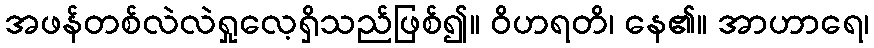
အဖန်တစ်လဲလဲရှုလေ့ရှိသည်ဖြစ်၍။ ဝိဟရတိ၊ နေ၏။ အာဟာရေ၊